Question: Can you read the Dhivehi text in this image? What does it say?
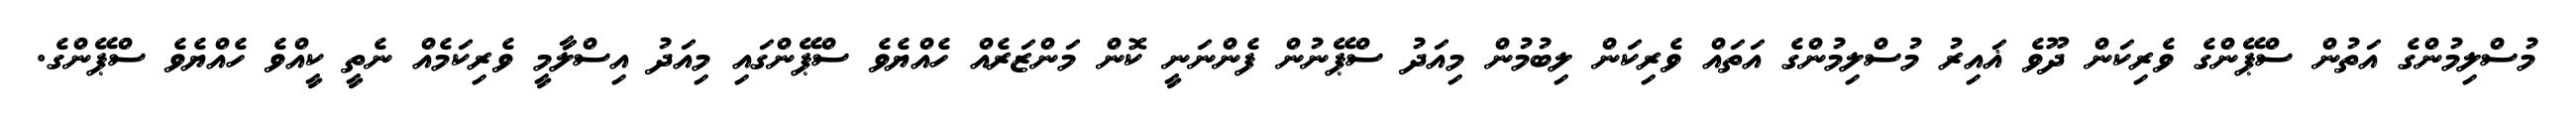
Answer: މުސްލިމުންގެ އަތުން ސްޕޭންގެ ވެރިކަން ދޫވެ ޣައިރު މުސްލިމުންގެ އަތައް ވެރިކަން ލިބުމުން މިއަދު ސްޕޭނުން ފެންނަނީ ކޮން މަންޒަރެއް ހެއްޔެވެ ސްޕޭންގައި މިއަދު އިސްލާމީ ވެރިކަމެއް ނެތީ ކީއްވެ ހެއްޔެވެ ސްޕޭންގެ.